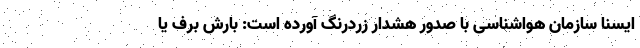
ایسنا سازمان هواشناسی با صدور هشدار زردرنگ آورده است: بارش برف یا